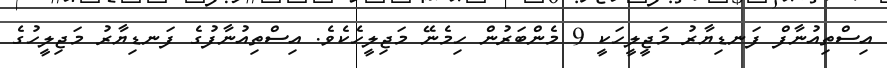
އިސްތިއުނާފް ފަނޑިޔާރު މަޖީލީހަކީ 9 މެންބަރުން ހިމެނޭ މަޖިލީހެކެވެ. އިސްތިއުނާފުގެ ފަނޑިޔާރު މަޖިލީހުގެ